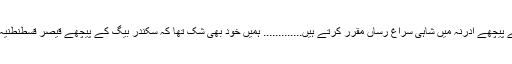
ہم تمہیں اپنے پیچھے ادرنہ میں شاہی سراغ رساں مقرر کرتے ہیں............. ہمیں خود بھی شک تھا کہ سکندر بیگ کے پیچھے قیصر قسطنطنیہ کا ہاتھ ہے۔